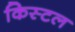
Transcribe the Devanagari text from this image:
किस्टल